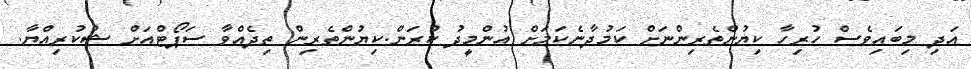
އަދި މިބައިވެސް ހުރިހާ ކިޔުންތެރިންނަށް ކަމުދާނެކަމަށް އުންމީދު ކުރަން.ކިޔުންތެރިން ތިދެއްވާ ސަޕޯޓްއަށް ޝުކުރިއްޔާ.